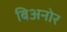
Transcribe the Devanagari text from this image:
बिअनोर